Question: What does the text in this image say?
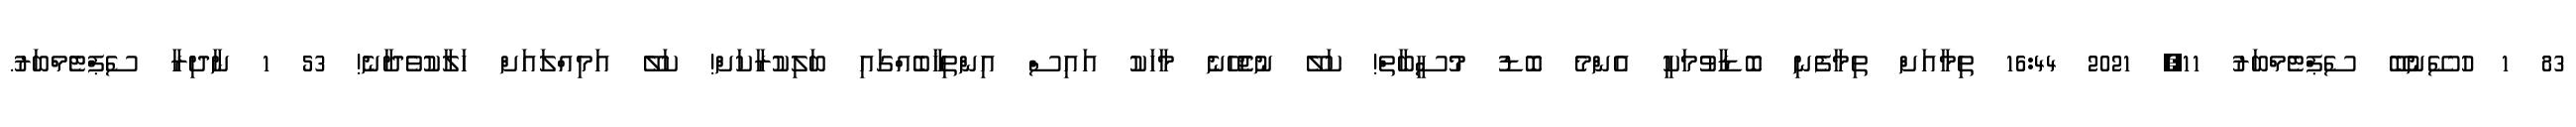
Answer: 83 1 ހުސޭނުބޭ ސެޕްޓެމްބަރު 11, 2021 16:44 ތިމާއަށް ތިމާފެނި ބޮޑާވުމަކީ އެންމެ ބޮޑު މުސީބާތް! ކަލޭ ނުޖެހޭނެ މާހަކު އައިސް އިންތިޚާބެއްގައި ބަލިކުރާކަށް! ކަލޭ އަމިއްލައަށް ހަލާކުވެދާނެ! 53 1 ނާދިރާ ސެޕްޓެމްބަރު.